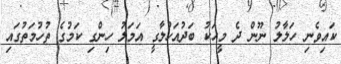
ކައިވެނި ހަލާލު ނޫން ދެ މީހަކު ބަދުއަހުލާގީ އަމަލު ހިންގި ކަމުގެ ތުހުމަތުގައި